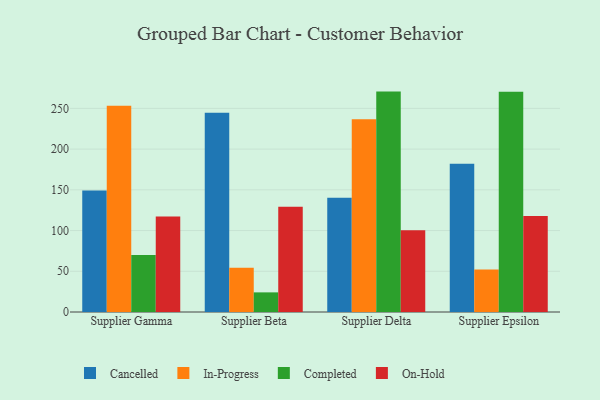
{"axis": {"x": "Supplier", "y": "Temperature (°C)"}, "legend": ["Cancelled", "Completed", "In-Progress", "On-Hold"], "data": [{"x": "Supplier Gamma", "y": 149.3, "type": "Cancelled"}, {"x": "Supplier Gamma", "y": 253.1, "type": "In-Progress"}, {"x": "Supplier Gamma", "y": 70.1, "type": "Completed"}, {"x": "Supplier Gamma", "y": 117.4, "type": "On-Hold"}, {"x": "Supplier Beta", "y": 244.6, "type": "Cancelled"}, {"x": "Supplier Beta", "y": 54.4, "type": "In-Progress"}, {"x": "Supplier Beta", "y": 24.1, "type": "Completed"}, {"x": "Supplier Beta", "y": 129.2, "type": "On-Hold"}, {"x": "Supplier Delta", "y": 140.4, "type": "Cancelled"}, {"x": "Supplier Delta", "y": 236.7, "type": "In-Progress"}, {"x": "Supplier Delta", "y": 270.6, "type": "Completed"}, {"x": "Supplier Delta", "y": 100.5, "type": "On-Hold"}, {"x": "Supplier Epsilon", "y": 182.0, "type": "Cancelled"}, {"x": "Supplier Epsilon", "y": 52.3, "type": "In-Progress"}, {"x": "Supplier Epsilon", "y": 270.5, "type": "Completed"}, {"x": "Supplier Epsilon", "y": 118.0, "type": "On-Hold"}]}